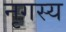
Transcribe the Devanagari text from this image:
नृगस्य